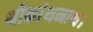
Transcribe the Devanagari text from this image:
श्रीकांथनाथ।